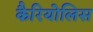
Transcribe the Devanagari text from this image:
कैरियोलिस